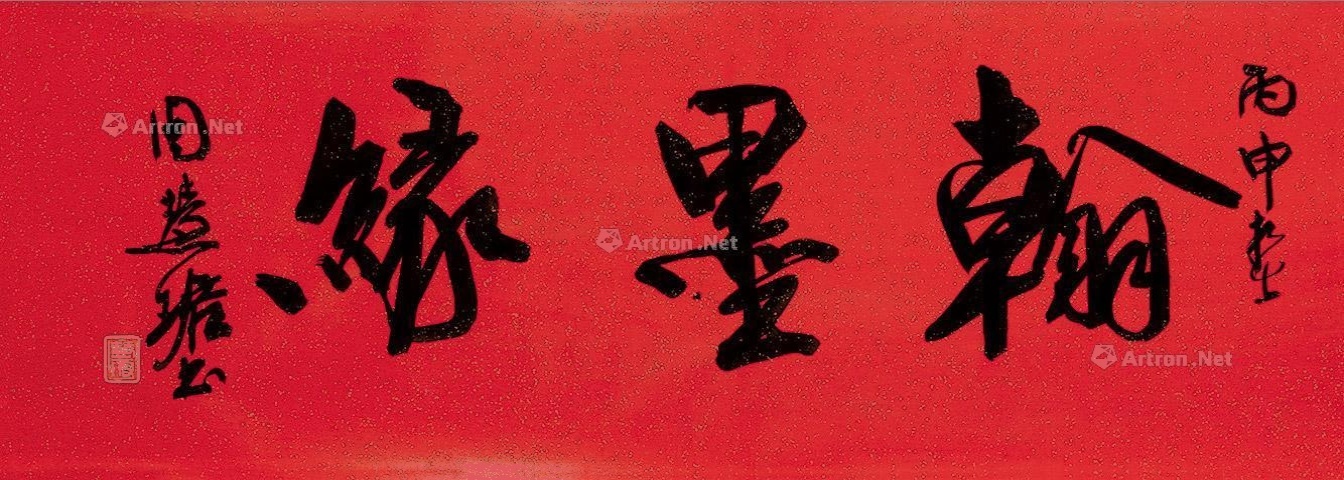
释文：翰墨缘。丙申春，周慧珺书。